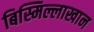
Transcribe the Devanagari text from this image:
बिस्मिल्लाखान